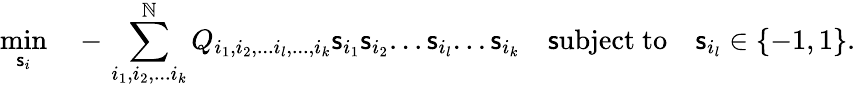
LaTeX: \operatorname*{min}_{{\mathsf{s}_{i}}}\quad-\, \sum_{i_{1},i_{2},...i_{k}}^{\mathbb{N}}Q_{i_{1},i_{2},...i_{l},...,i_{k}}\mathsf{s}_{i_{1}}\mathsf{s}_{i_{2}}...\mathsf{s}_{i_{l}}...\mathsf{s}_{i_{k}}\quad\mathrm{{\mathsf{s}ubject}}\ \mathrm{{to}}\quad\mathsf{s}_{i_{l}}\in\{ -1,1\} .